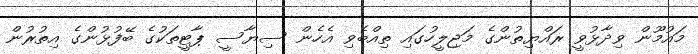
މައުމޫން ވިދާޅުވީ ރައްޔިތުންގެ މަޖިލީހުގައި ތިއްބެވި އެހެން ސިޔާސީ ޕާޓީތަކުގެ ބޭފުޅުންގެ އިތުރުން